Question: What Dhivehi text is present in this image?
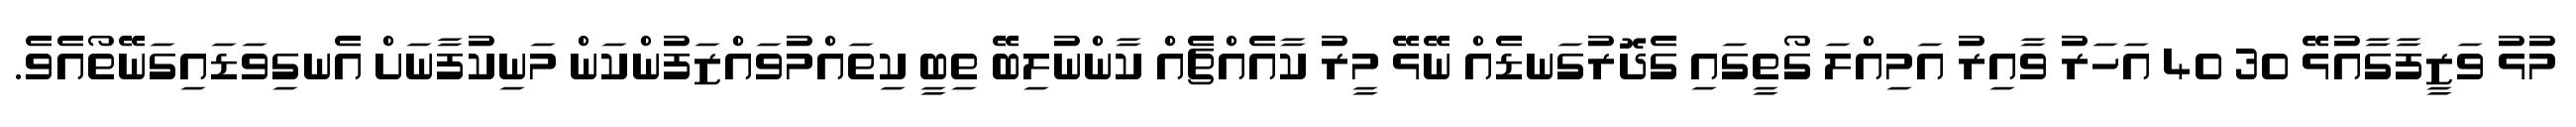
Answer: މުޅު ވަޒީފާގާއުޅޭ 30 40 އަހަރު ވާއިރު އަމިއްލަ ގޯތީގައި ގެދޮރުގަނޑެއް ނޭޅޭ މީރު ކާއެއްޗެއް ކާންނުލިބޭ ތިބީ ކިތައްމުވައްޒަފުންކަން މަނިކުފާނަށް އެނގިވަޑައިގަނޭތޯއެވެ.